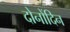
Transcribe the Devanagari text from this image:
दोनोंदिन